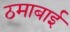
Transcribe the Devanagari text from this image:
ठमाबाई